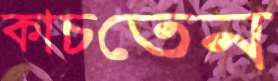
কাচতেন